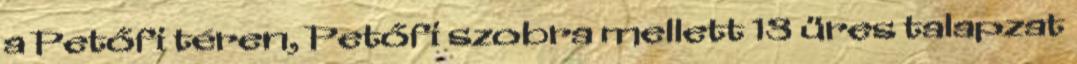
a Petőfi téren, Petőfi szobra mellett 13 üres talapzat